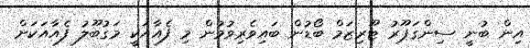
އިން ބުނީ ސިންގަޕޫރު ޓޫރިޒަމް ބޯޑުން ބައިވެރިވުމުން މި ފެއާއަކީ މަގުބޫލު ފެއާއަކަށް